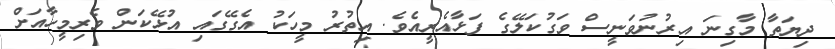
ދިޔަތާ މާގިނަ އިރުނުވަނީސް ވަގުކަލޭގެ ފަޅާއެރީއެވެ. އިތުރު މީހަކު އެގޭގައި އުޅޭކަން ވެރިމީހާއަށް